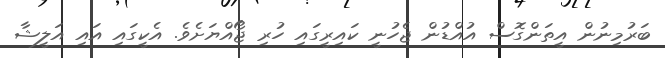
ބަރުމިނުން އީތަންގޮސް އުއްޑުން ޖެހުނީ ކައިރީގައި ހުރި ޖޯއްޔަށެވެ. އެކީގައި އައި އަލީޝާ